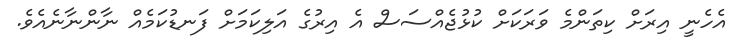
އެހެނީ އިރަށް ކިތަންމެ ވަރަކަށް ކުޅުޖެއްސަސް އެ އިރުގެ އަލިކަމަށް ފަނޑުކަމެއް ނާންނާނެއެވެ.